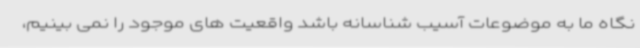
نگاه ما به موضوعات آسیب شناسانه باشد واقعیت های موجود را نمی بینیم،